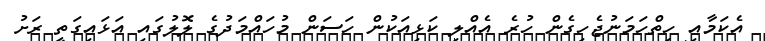
އެކަމާއި ހިތްހަމަނުޖެހިގެން ހުރެ އެއްލި ކަޅިއަކުން ހަސަން މުހައްމަދުގެ ލޮލުގައި އަޅައިގަތީ ރަށު